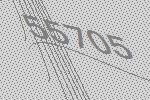
55705